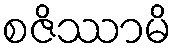
စဇိဿာမိ